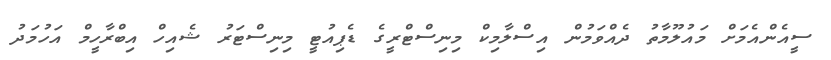
ސީއެންއެމަށް މައުލޫމާތު ދެއްވަމުން އިސްލާމިކް މިނިސްޓްރީގެ ޑެޕިއުޓީ މިނިސްޓަރު ޝެއިހް އިބްރާހީމް އަހުމަދު